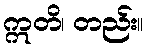
ဣတိ၊ တည်း။